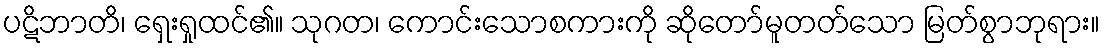
ပဋိဘာတိ၊ ရှေးရှုထင်၏။ သုဂတ၊ ကောင်းသောစကားကို ဆိုတော်မူတတ်သော မြတ်စွာဘုရား။